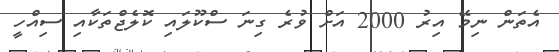
އެތަން ނިމޭ އިރު 2000 އަށް ވުރެ ގިނަ ސްކޫލައި ކޮލެޖްތަކާއި ސިއްހީ